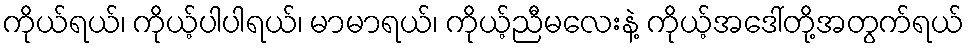
ကိုယ်ရယ်၊ ကိုယ့်ပါပါရယ်၊ မာမာရယ်၊ ကိုယ့်ညီမလေးနဲ့ ကိုယ့်အဒေါ်တို့အတွက်ရယ်